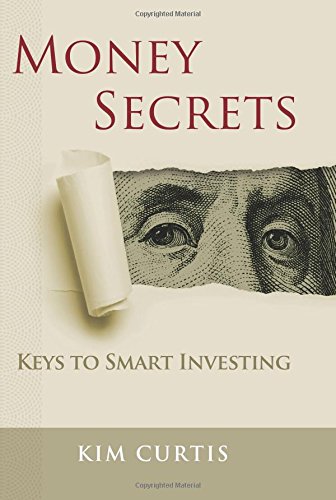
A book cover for Money Secrets: Keys to Smart Investing; Kim Curtis; Business & Money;